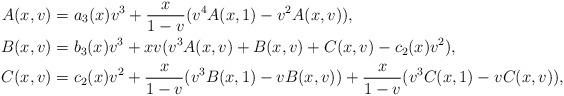
LaTeX: \begin{align*}A(x,v)&=a_3(x)v^3+\frac{x}{1-v}(v^4A(x,1)-v^2A(x,v)),\\B(x,v)&=b_3(x)v^3+xv(v^3A(x,v)+B(x,v)+C(x,v)-c_2(x)v^2),\\C(x,v)&=c_2(x)v^2+\frac{x}{1-v}(v^3B(x,1)-vB(x,v))+\frac{x}{1-v}(v^3C(x,1)-vC(x,v)),\end{align*}